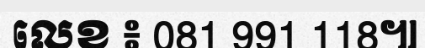
លេខ ៖ 081 991 118៕